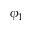
\phi _ { 1 }